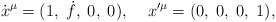
\begin{align*}\dot{x}^\mu=(1,\;\dot{f},\;0,\;0),\;\;\;\;x'^\mu=(0,\;0,\;0,\;1),\end{align*}